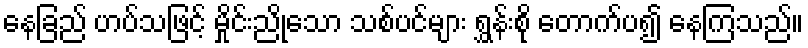
နေခြည် ဟပ်သဖြင့် မှိုင်းညိုသော သစ်ပင်များ ရွှန်းစို တောက်ပ၍ နေကြသည်။